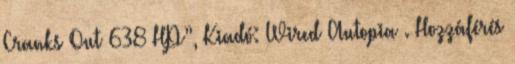
Cranks Out 638 HP”, Kiadó: Wired Autopia . Hozzáférés